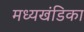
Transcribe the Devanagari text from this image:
मध्यखंडिका